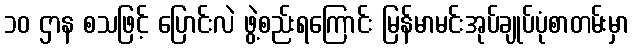
၁၀ ဌာန စသဖြင့် ပြောင်းလဲ ဖွဲ့စည်းရကြောင်း မြန်မာမင်းအုပ်ချုပ်ပုံစာတမ်းမှာ